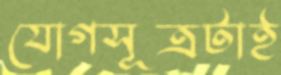
যোগসূত্রটাই